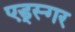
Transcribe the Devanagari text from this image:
एड्स्गर